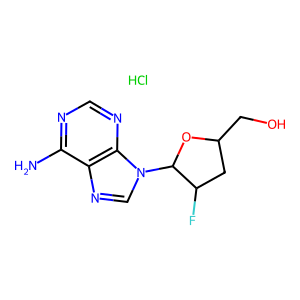
SMILES: Cl.Nc1ncnc2c1ncn2C1OC(CO)CC1F
Inhibits HIV replication: Yes